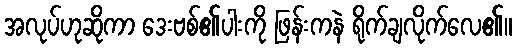
အလုပ်ဟုဆိုကာ ဒေးဗစ်၏ပါးကို ဖြန်းကနဲ ရိုက်ချလိုက်လေ၏။